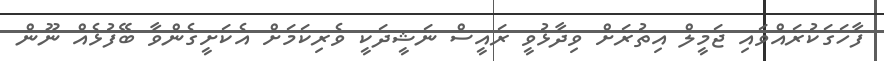
ފާހަގަކުރައްވައި ޖަމީލް އިތުރަށް ވިދާޅުވީ ރައީސް ނަޝީދަކީ ވެރިކަމަށް އެކަށީގެންވާ ބޭފުޅެއް ނޫން